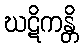
ဃဋိကန္တိ